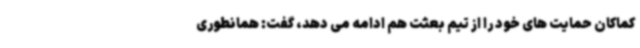
کماکان حمایت های خود را از تیم بعثت هم ادامه می دهد، گفت: همانطوری